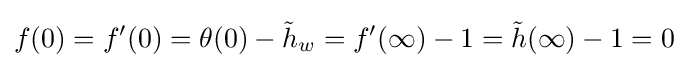
f(0)=f'(0)=\theta (0)-{\tilde {h}}_{w}=f'(\infty )-1={\tilde {h}}(\infty )-1=0